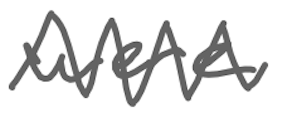
Text: were
Cross-out: zig-zag
Writing tool: digital_gray